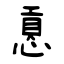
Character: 慐